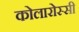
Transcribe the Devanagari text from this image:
कोलारोस्सी